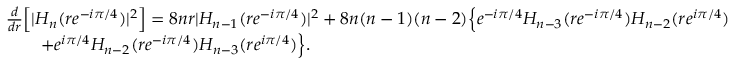
\begin{array} { r l } & { \frac d { d r } \Big [ | H _ { n } ( r e ^ { - i \pi / 4 } ) | ^ { 2 } \Big ] = 8 n r | H _ { n - 1 } ( r e ^ { - i \pi / 4 } ) | ^ { 2 } + 8 n ( n - 1 ) ( n - 2 ) \Big \{ e ^ { - i \pi / 4 } H _ { n - 3 } ( r e ^ { - i \pi / 4 } ) H _ { n - 2 } ( r e ^ { i \pi / 4 } ) } \\ & { \qquad + e ^ { i \pi / 4 } H _ { n - 2 } ( r e ^ { - i \pi / 4 } ) H _ { n - 3 } ( r e ^ { i \pi / 4 } ) \Big \} . } \end{array}